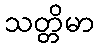
သတ္တိမာ